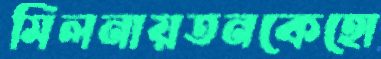
মিলনায়তনকেহো